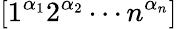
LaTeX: [1^{\alpha_{1}}2^{\alpha_{2}}\dotsm n^{\alpha_{n}}]